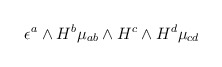
\begin{align*}\epsilon^a \wedge H^b \mu_{ab} \wedge H^c \wedge H^d \mu_{cd}\end{align*}